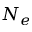
N _ { e }